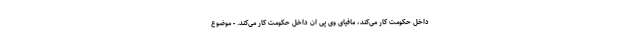
داخل حکومت کار می‌کند، مافیای وی پی ان داخل حکومت کار می‌کند. - موضوع